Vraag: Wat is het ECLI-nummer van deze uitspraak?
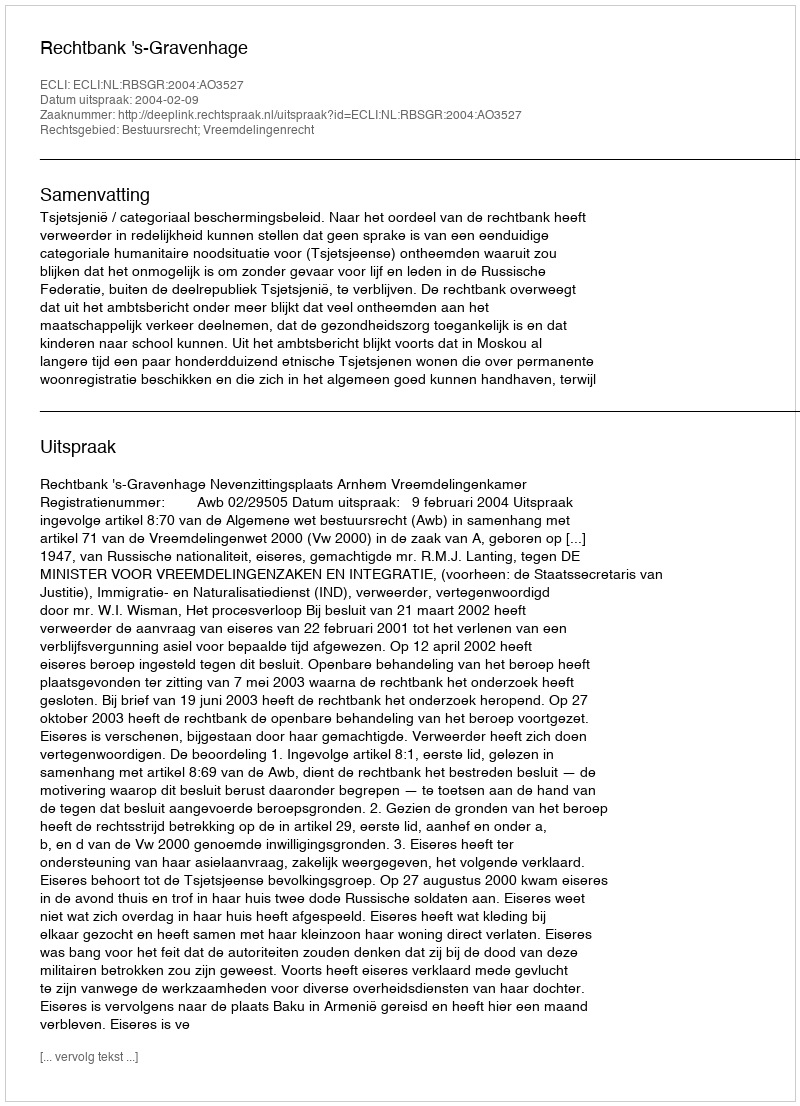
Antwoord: ECLI:NL:RBSGR:2004:AO3527